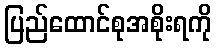
ပြည်ထောင်စုအစိုးရကို